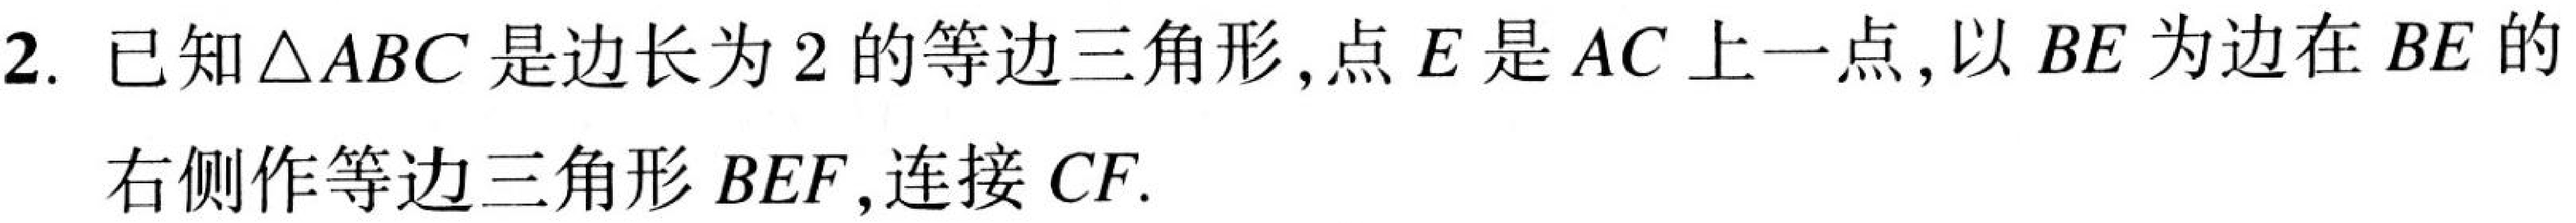
2. 已知\(\triangle ABC\)是边长为\(2\)的等边三角形，点\(E\)是\(AC\)上一点，以\(BE\)为边在\(BE\)的
右侧作等边三角形\(BEF\)，连接\(CF\).